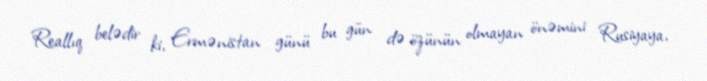
Reallıq belədir ki, Ermənistan günü bu gün də özünün olmayan önəmini Rusiyaya,